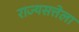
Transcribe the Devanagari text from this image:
राज्यसत्तेला